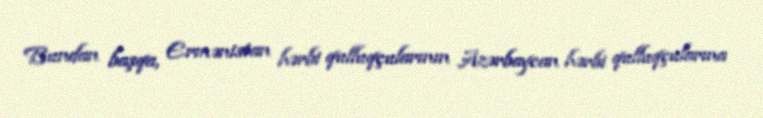
Bundan başqa, Ermənistan hərbi qulluqçularının Azərbaycan hərbi qulluqçularına